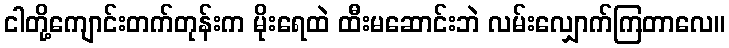
ငါတို့ကျောင်းတက်တုန်းက မိုးရေထဲ ထီးမဆောင်းဘဲ လမ်းလျှောက်ကြတာလေ။